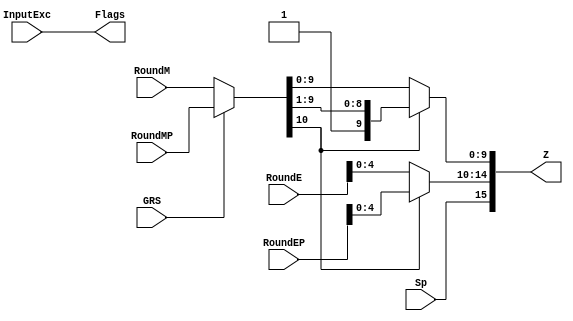
`define BFLOAT16 
`define EXPONENT 8
`define MANTISSA 7
`define EXPONENT 5
`define MANTISSA 10
`define SIGN 1
`define DWIDTH (`SIGN+`EXPONENT+`MANTISSA)

module FPMult_RoundModule(
		RoundM,
		RoundMP,
		RoundE,
		RoundEP,
		Sp,
		GRS,
		InputExc,
		Z,
		Flags
    );

	// Input Ports
	input [`MANTISSA:0] RoundM ;									// Normalized mantissa
	input [`MANTISSA:0] RoundMP ;									// Normalized exponent
	input [`EXPONENT:0] RoundE ;									// Normalized mantissa + 1
	input [`EXPONENT:0] RoundEP ;									// Normalized exponent + 1
	input Sp ;												// Product sign
	input GRS ;
	input [4:0] InputExc ;
	
	// Output Ports
	output [`DWIDTH-1:0] Z ;										// Final product
	output [4:0] Flags ;
	
	// Internal Signals
	wire [`EXPONENT:0] FinalE ;									// Rounded exponent
	wire [`MANTISSA:0] FinalM;
	wire [`MANTISSA:0] PreShiftM;
	
	assign PreShiftM = GRS ? RoundMP : RoundM ;	// Round up if R and (G or S)
	
	// Post rounding normalization (potential one bit shift> use shifted mantissa if there is overflow)
	assign FinalM = (PreShiftM[`MANTISSA] ? {1'b0, PreShiftM[`MANTISSA:1]} : PreShiftM[`MANTISSA:0]) ;
	
	assign FinalE = (PreShiftM[`MANTISSA] ? RoundEP : RoundE) ; // Increment exponent if a shift was done
	
	assign Z = {Sp, FinalE[`EXPONENT-1:0], FinalM[`MANTISSA-1:0]} ;   // Putting the pieces together
	assign Flags = InputExc[4:0];

endmodule